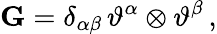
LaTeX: \mathbf{G}=\delta_{\alpha\beta}\, \vartheta^{\alpha}\otimes\vartheta^{\beta}\, ,